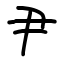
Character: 尹